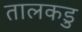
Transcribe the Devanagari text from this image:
तालकडु